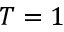
T = 1